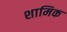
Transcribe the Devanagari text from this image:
शामिक